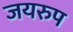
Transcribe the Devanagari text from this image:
जयरुप